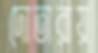
দোতারায়